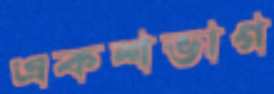
একশভাগ